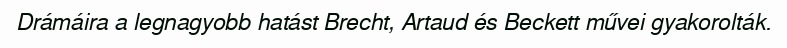
Drámáira a legnagyobb hatást Brecht, Artaud és Beckett művei gyakorolták.